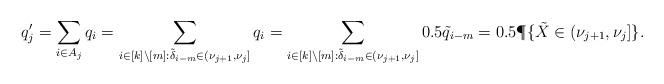
LaTeX: \begin{align*}q'_j &= \sum_{i \in A_j} q_i = \sum_{i \in [k]\setminus [m]: \tilde{\delta}_{i-m} \in (\nu_{j+1}, \nu_{j}]} q_i = \sum_{i \in [k]\setminus [m]: \tilde{\delta}_{i-m} \in (\nu_{j+1}, \nu_{j}]} 0.5 \tilde{q}_{i-m} = 0.5 \P\{ \tilde{X} \in (\nu_{j+1}, \nu_{j} ]\}.\end{align*}